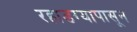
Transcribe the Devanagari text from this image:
रहाडग्यापासून